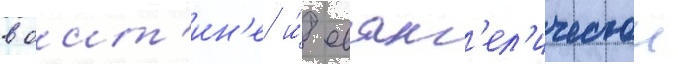
в оит'ин'е и́ еванг'ел'ическои